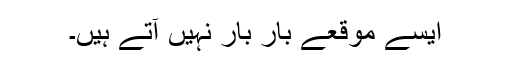
ایسے موقعے بار بار نہیں آتے ہیں۔